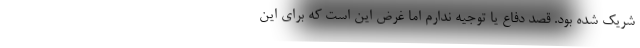
شریک شده بود. قصد دفاع یا توجیه ندارم اما غرض این است که برای این